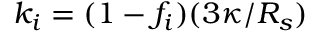
k _ { i } = ( 1 - f _ { i } ) ( 3 \kappa / R _ { s } )